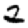
Digit: 2